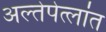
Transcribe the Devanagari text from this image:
अल्तेपेत्लांत